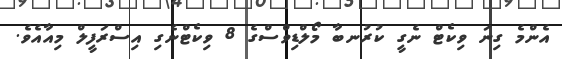
އެންމެ ގިނަ ވިކެޓް ނެގީ ކުރުނބާ މޯލްޑިވްސްގެ 8 ވިކެޓްނެގި އިސްރަފީލް މިއާއެވެ.